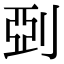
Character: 𠜲